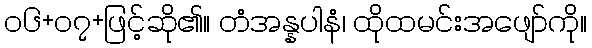
၀၆+၀၇+ဖြင့်ဆို၏။ တံအန္နပါနံ၊ ထိုထမင်းအဖျော်ကို။